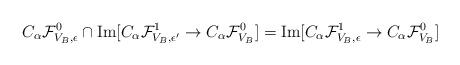
LaTeX: \begin{align*}{C}_{\alpha}{\mathcal F}_{V_B,\epsilon}^{0} \cap{\rm Im}[C_{\alpha}{\mathcal F}_{V_B,\epsilon'}^{1}\to C_{\alpha}{\mathcal F}_{V_B}^{0}]={\rm Im}[{C}_{\alpha}{\mathcal F}_{V_B,\epsilon}^{1}\to C_{\alpha}{\mathcal F}_{V_B}^{0}]\end{align*}